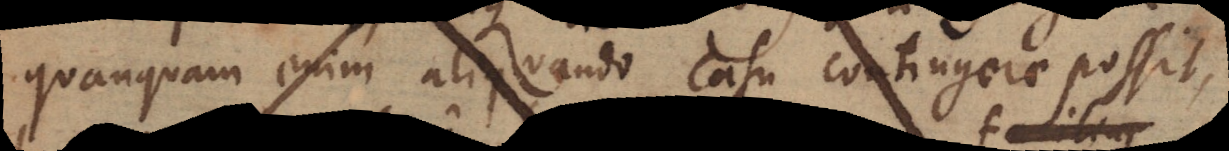
quanquam enim aliquando casu contingere possit,